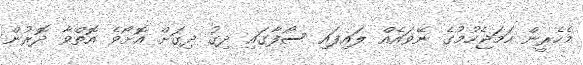
މެހެރީން ހަމަޖެހުމުގެ ނޭވައެއް ލައިފައި ސޯފާގައި ދިގު ދިގަށް އޮށޯވެ އޮތްވާ ދޮރުން